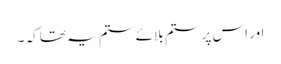
اور اس پر ستم بلائے ستم یہ تھا کہ ۔